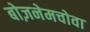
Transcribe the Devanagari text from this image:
बोज़नेमचोवा